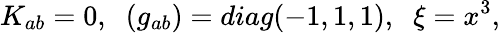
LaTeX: K_{ab}=0,\; \; (g_{ab})=diag(-1,1,1),\; \; \xi=x^{3},